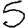
Digit: 5